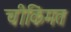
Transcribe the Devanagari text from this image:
चीकिंमत